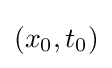
(x_{0},t_{0})